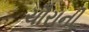
ચૌરાની